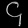
Digit: ၄